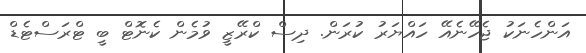
އަންހެނަކު ޖެހޭނެއޭ ހައްޔަރު ކުރަން. ދިސް ކްރޭޒީ ވުމެން ކެނޮޓް ބީ ޓްރަސްޓެޑް